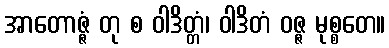
အာတောဇ္ဇံ တု စ ဝါဒိတ္တံ၊ ဝါဒိတံ ဝဇ္ဇ မုစ္စတေ။